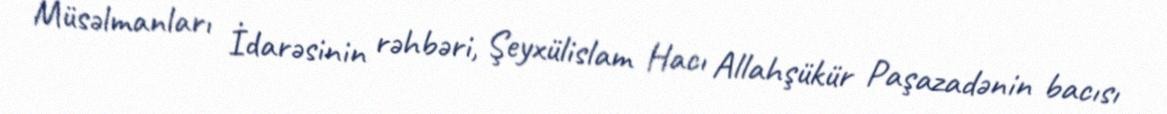
Müsəlmanları İdarəsinin rəhbəri, Şeyxülislam Hacı Allahşükür Paşazadənin bacısı